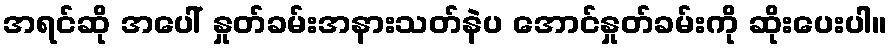
အရင်ဆို အပေါ် နှုတ်ခမ်းအနားသတ်နဲပ အောင်နှုတ်ခမ်းကို ဆိုးပေးပါ။